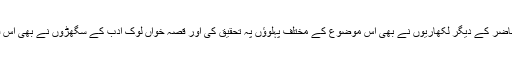
بعد میں عہدِ حاضر کے دیگر لکھاریوں نے بھی اس موضوع کے مختلف پہلوؤں پہ تحقیق کی اور قصہ خواں لوک ادب کے سگھڑوں نے بھی اس قصے کو گایا۔